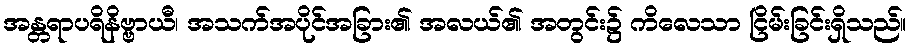
အန္တရာပရိနိဗ္ဗာယီ၊ အသက်အပိုင်အခြား၏ အလယ်၏ အတွင်း၌ ကိလေသာ ငြိမ်းခြင်းရှိသည်။